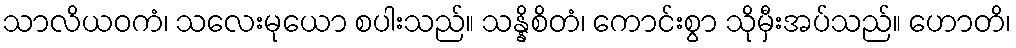
သာလိယဝကံ၊ သလေးမုယော စပါးသည်။ သန္နိစိတံ၊ ကောင်းစွာ သိုမှီးအပ်သည်။ ဟောတိ၊